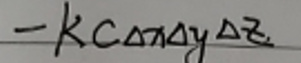
\[- k c \Delta x \Delta y \Delta z\]